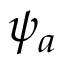
\psi _ { a }